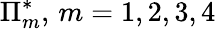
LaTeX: \Pi_{m}^{*},\, m=1,2,3,4